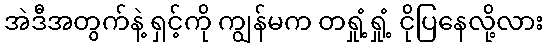
အဲဒီအတွက်နဲ့ ရှင့်ကို ကျွန်မက တရှုံ့ရှုံ့ ငိုပြနေလို့လား